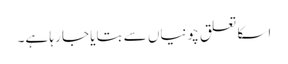
اسکا تعلق چونیاں سے بتایا جا رہا ہے۔